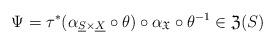
LaTeX: \begin{align*}\Psi=\tau^{*}(\alpha_{\underline{S}\times\underline{X}}\circ\theta)\circ\alpha_{\mathfrak{X}}\circ\theta^{-1}\in\mathfrak{Z}(S)\end{align*}